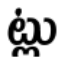
ట్లు